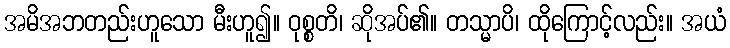
အမိအဘတည်းဟူသော မီးဟူ၍။ ဝုစ္စတိ၊ ဆိုအပ်၏။ တသ္မာပိ၊ ထိုကြောင့်လည်း။ အယံ